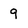
Character: 9